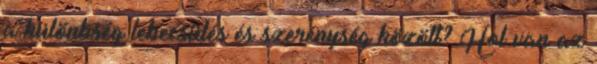
a különbség lebecsülés és szerénység között? Hol van az